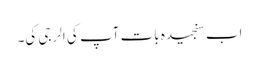
اب سنجیدہ بات آپ کی الرجی کی۔